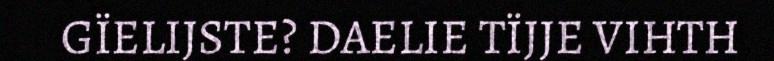
GÏELIJSTE? DAELIE TÏJJE VIHTH